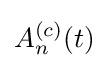
A_{n}^{(c)}(t)